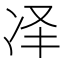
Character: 𪞝